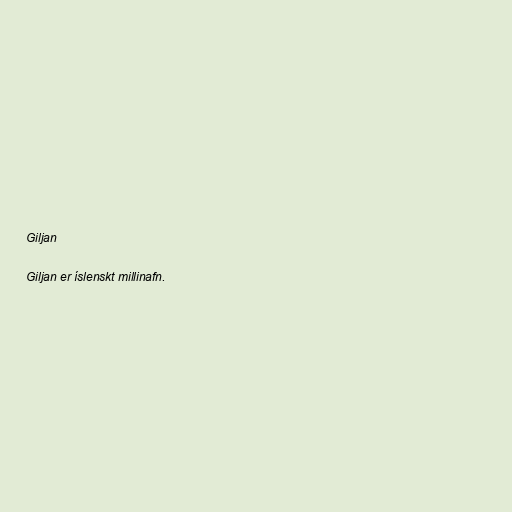
Giljan

Giljan er íslenskt millinafn.